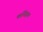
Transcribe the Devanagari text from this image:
कनिंहाम